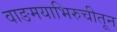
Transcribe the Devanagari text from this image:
वाङमयाभिरुचीतून